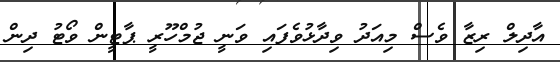
އާދިލް ރިޒާ ވެސް މިއަދު ވިދާޅުވެފައި ވަނީ ޖުމްހޫރީ ޕާޓީން ވޯޓު ދިން